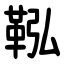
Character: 鞃